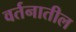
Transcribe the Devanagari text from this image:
वर्तनातील